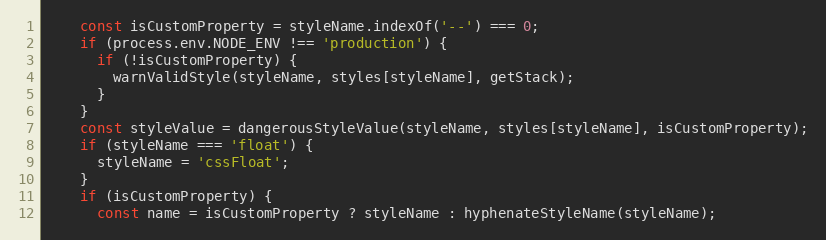
Language: JavaScript
    const isCustomProperty = styleName.indexOf('--') === 0;
    if (process.env.NODE_ENV !== 'production') {
      if (!isCustomProperty) {
        warnValidStyle(styleName, styles[styleName], getStack);
      }
    }
    const styleValue = dangerousStyleValue(styleName, styles[styleName], isCustomProperty);
    if (styleName === 'float') {
      styleName = 'cssFloat';
    }
    if (isCustomProperty) {
      const name = isCustomProperty ? styleName : hyphenateStyleName(styleName);